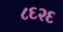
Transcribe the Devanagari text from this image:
८६२६